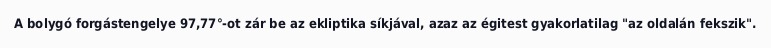
A bolygó forgástengelye 97,77°-ot zár be az ekliptika síkjával, azaz az égitest gyakorlatilag "az oldalán fekszik".